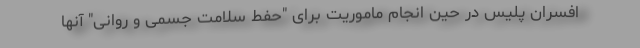
افسران پلیس در حین انجام ماموریت برای "حفط سلامت جسمی و روانی" آنها